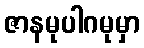
ဇာနမုပါဂမုမှာ